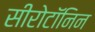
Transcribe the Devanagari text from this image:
सीरोटॉनिन